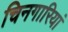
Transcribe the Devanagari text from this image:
चिनगारियां